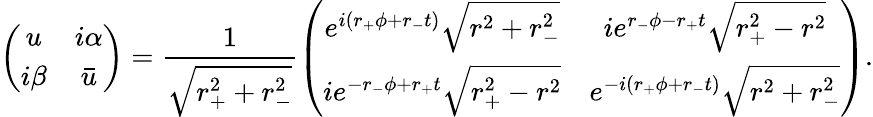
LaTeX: \left(\begin{array}{cc}{{u}}&{{i\alpha}}\\ {{i\beta}}&{{\bar{u}}}\end{array}\right)=\frac{1}{\sqrt{r_{+}^{2}+r_{-}^{2}}}\left(\begin{array}{cc}{{e^{i(r_{+}\phi+r_{-}t)}\sqrt{r^{2}+r_{-}^{2}}}}&{{ie^{r_{-}\phi-r_{+}t}\sqrt{r_{+}^{2}-r^{2}}}}\\ {{ie^{-r_{-}\phi+r_{+}t}\sqrt{r_{+}^{2}-r^{2}}}}&{{e^{-i(r_{+}\phi+r_{-}t)}\sqrt{r^{2}+r_{-}^{2}}}}\end{array}\right).